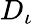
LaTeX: D_{\iota}